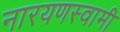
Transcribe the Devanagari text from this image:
नारयणस्वामी